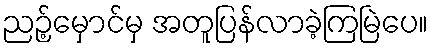
ညဉ့်မှောင်မှ အတူပြန်လာခဲ့ကြမြဲပေ။